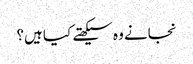
نجانے وہ سیکھتے کیا ہیں؟